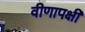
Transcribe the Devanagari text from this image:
वीणापक्षी